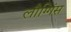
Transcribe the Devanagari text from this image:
लौग्गिंस